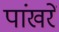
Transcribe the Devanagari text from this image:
पांखरें